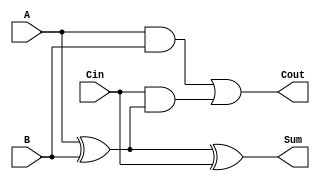
module low_power_full_adder (
    input wire A,     // First input bit
    input wire B,     // Second input bit
    input wire Cin,   // Carry input bit
    output wire Sum,  // Output sum bit
    output wire Cout  // Carry output bit
);

// Internal signals for optimized logic
wire AxorB; // Intermediate signal for A XOR B

// Calculate Sum using XOR gates
assign AxorB = A ^ B; // A XOR B
assign Sum = AxorB ^ Cin; // (A XOR B) XOR Cin

// Calculate Cout using AND and OR gates
assign Cout = (A & B) | (Cin & AxorB); // (A AND B) OR (Cin AND (A XOR B))

endmodule